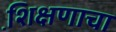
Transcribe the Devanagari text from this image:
शि़क्षणाचा